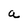
Character: a